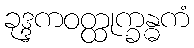
ခုဒ္ဒကဝတ္ထုက္ခန္ဓကံ